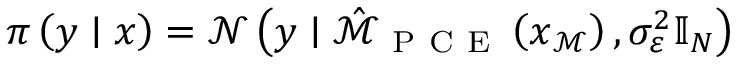
\pi \left( \boldsymbol { y } \mid \boldsymbol { x } \right) = \mathcal { N } \left( \boldsymbol { y } \mid \hat { \mathcal { M } } _ { \mathrm { ~ P ~ C ~ E ~ } } \left( \boldsymbol { x } _ { \mathcal { M } } \right) , \sigma _ { \varepsilon } ^ { 2 } \mathbb { I } _ { N } \right)